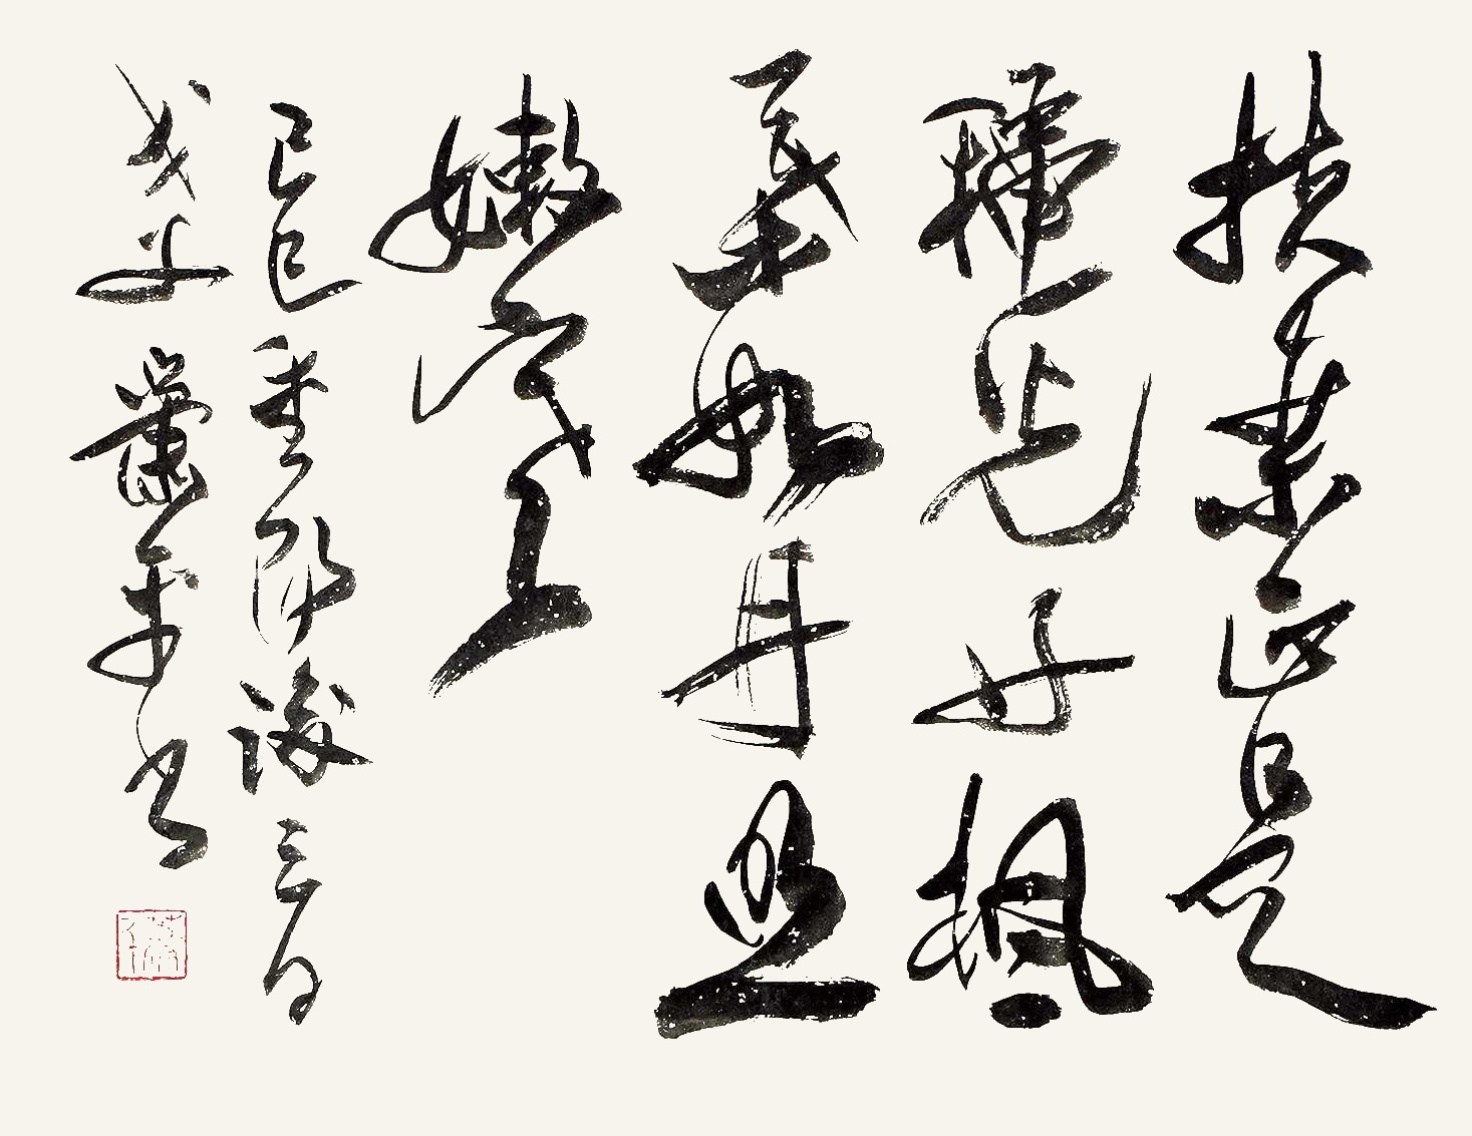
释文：扶桑正是秋光好，枫叶如丹照嫩寒。己巳重阳后三日戈父萧平书。